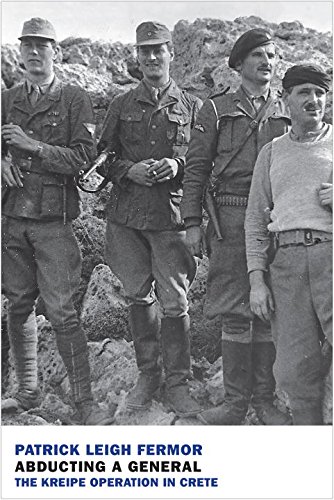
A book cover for Abducting a General: The Kreipe Operation in Crete; Patrick Leigh Fermor; History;